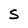
Character: S